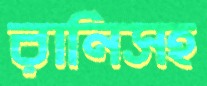
রানিসহ